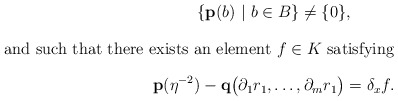
\begin{gather*} \{\mathbf{p}(b) \ | \ b\in B\} \neq \{ 0\}, \intertext{and such that there exists an element $f\in K$ satisfying} \mathbf{p}(\eta^{-2})-\mathbf{q}\bigl(\partial_1r_1,\dots,\partial_mr_1\bigr)=\delta_xf.\end{gather*}